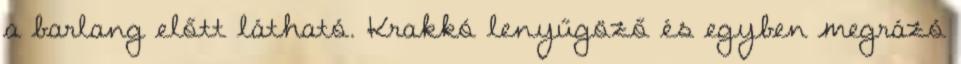
a barlang előtt látható. Krakkó lenyűgöző és egyben megrázó